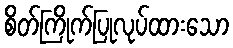
စိတ်ကြိုက်ပြုလုပ်ထားသော